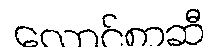
လောင်စာဆီ